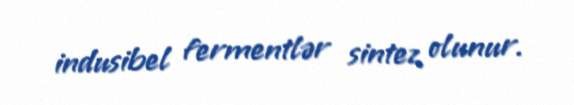
indusibel fermentlər sintez olunur.